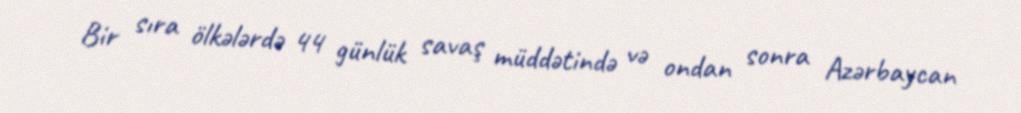
Bir sıra ölkələrdə 44 günlük savaş müddətində və ondan sonra Azərbaycan